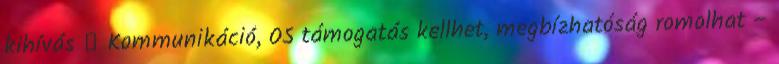
kihívás ● Kommunikáció, OS támogatás kellhet, megbízhatóság romolhat –